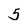
Character: 5